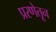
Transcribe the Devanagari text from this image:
प्ररणेतून